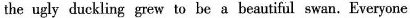
the ugly duckling grew to be a beautiful swan. Everyone